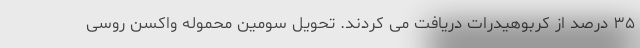
۳۵ درصد از کربوهیدرات دریافت می کردند. تحویل سومین محموله واکسن روسی